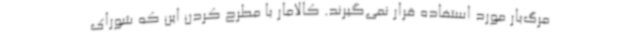
مرگ‌بار مورد استفاده قرار نمی‌گیرند. کالامار با مطرح کردن این که شورای